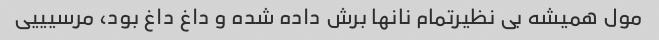
مول همیشه بی نظیرتمام نانها برش داده شده و داغ داغ بود، مرسیییی